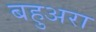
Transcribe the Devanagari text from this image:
बहुअरा